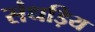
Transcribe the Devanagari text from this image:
संधड़िय